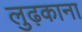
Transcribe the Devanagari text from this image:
लुढ़काना